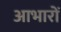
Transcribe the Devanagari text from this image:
आभारों